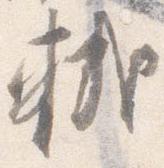
軾